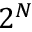
2 ^ { N }